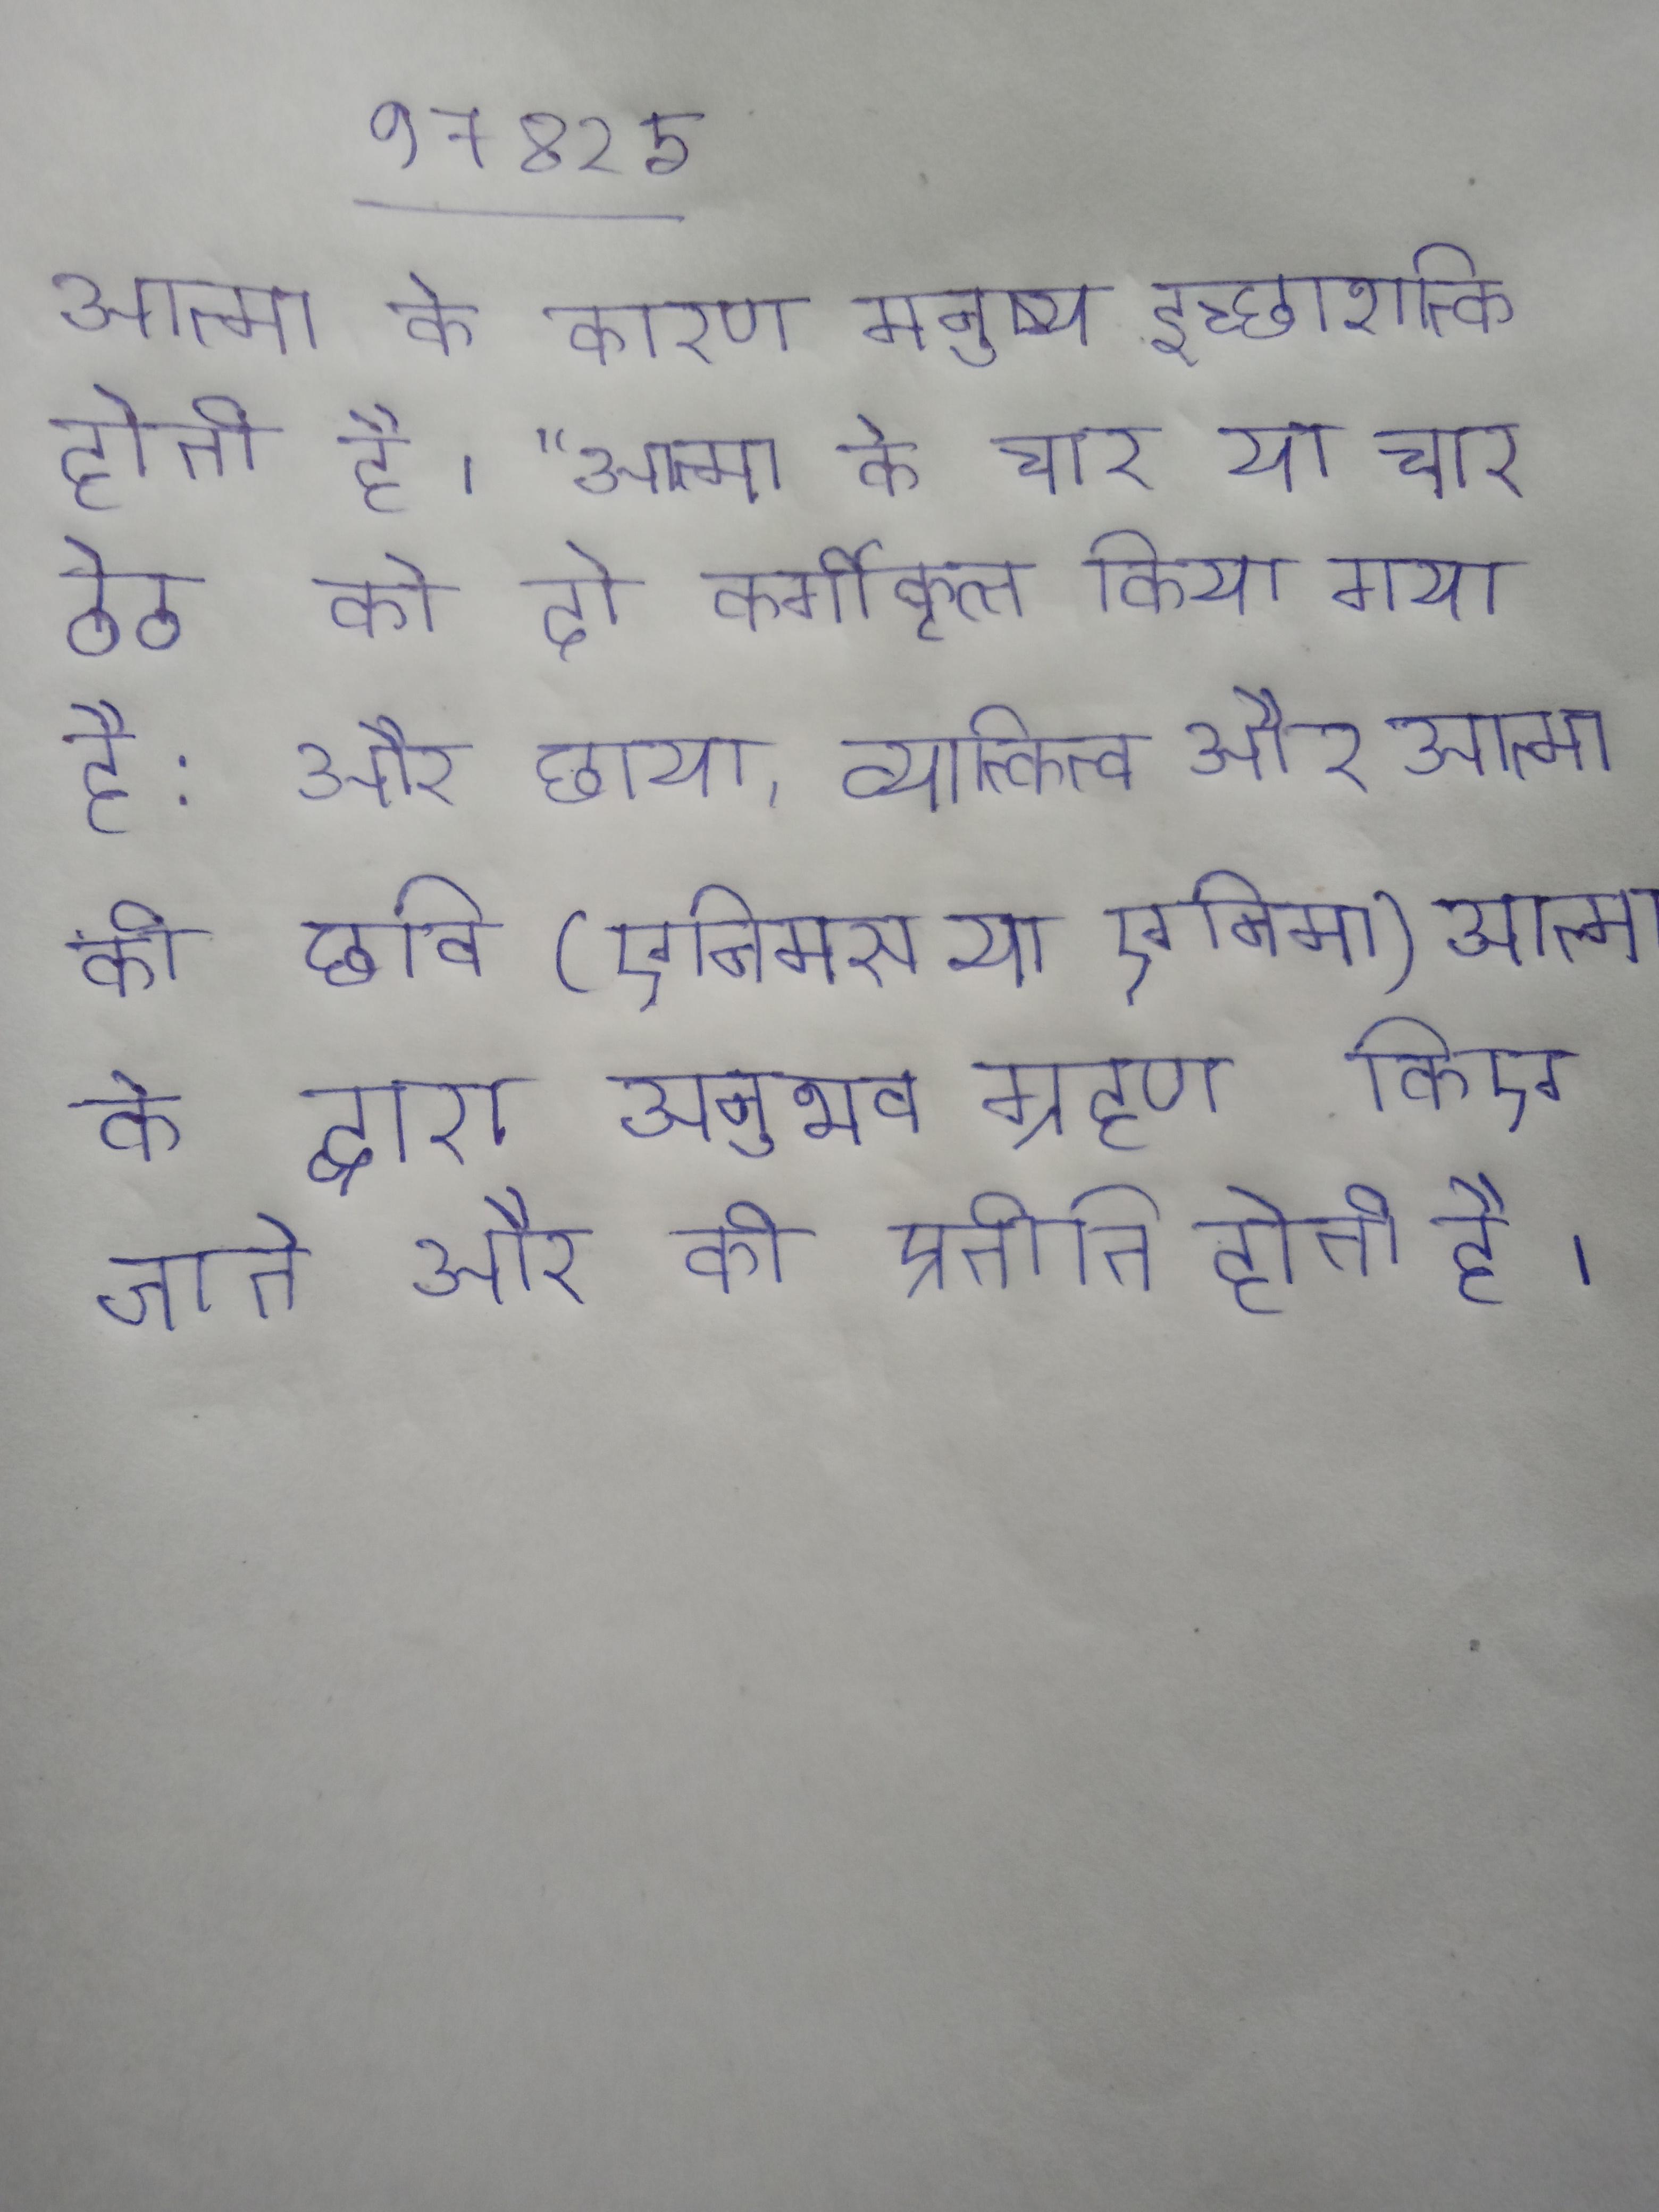
आत्मा के कारण मनुष्य इच्छाशक्ति होती है । "आत्मा के चार या चार ठेठ को दो वर्गीकृत किया गया है: और छाया, व्यक्तित्व और आत्मा की छवि (एनिमस या एनिमा) . आत्मा के द्वारा अनुभव ग्रहण किए जाते और की प्रतीति होती है ।